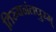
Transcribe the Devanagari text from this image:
तिरुवनंतपुरम्‌